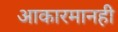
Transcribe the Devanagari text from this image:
आकारमानही